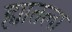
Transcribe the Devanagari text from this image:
ह्यातला